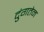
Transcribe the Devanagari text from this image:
दुंगतेन